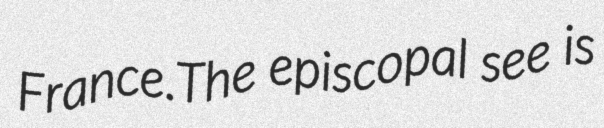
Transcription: France.The episcopal see is